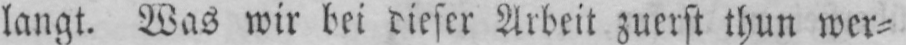
langt. Was wir bei dieser Arbeit zuerst thun wer⸗